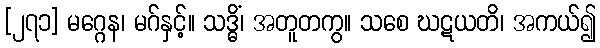
[၂၇၁] မဂ္ဂေန၊ မဂ်နှင့်။ သဒ္ဓိံ၊ အတူတကွ။ သစေ ဃဋယတိ၊ အကယ်၍